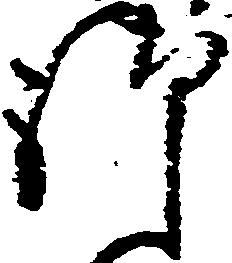
御